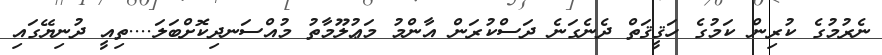
ނެރުމުގެ ކުރިން ކަމުގެ ހަޤީޤަތް ދެނެގަނެ ދަސްކުރަން އާންމު މަޢުލޫމާތު މުއްސަނދިކޮށްބަލަ....ތިއީ ދުނިޔޭގައި